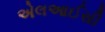
એલઆઈસી